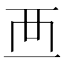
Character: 𧟠